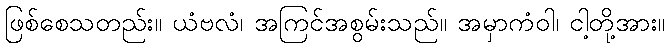
ဖြစ်စေသတည်း။ ယံဗလံ၊ အကြင်အစွမ်းသည်။ အမှာကံဝါ၊ ငါ့တို့အား။